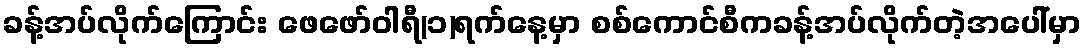
ခန့်အပ်လိုက်ကြောင်း ဖေဖော်ဝါရီ(၁)ရက်နေ့မှာ စစ်ကောင်စီကခန့်အပ်လိုက်တဲ့အပေါ်မှာ